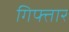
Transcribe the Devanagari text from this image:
गिफ्तार